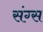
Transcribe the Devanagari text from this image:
संग्स